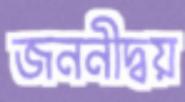
জননীদ্বয়